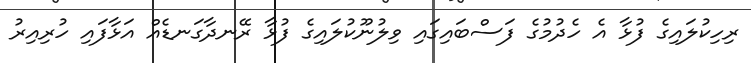
ރިހިކުލައިގެ ފުޅާ އެ ހެދުމުގެ ފަސްބައިގައި ވިލުނޫކުލައިގެ ފުޅާ ރޭނދާގަނޑެއް އަޅާފައި ހުރިއިރު